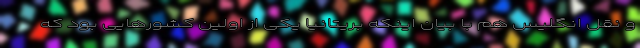
و نقل انگلیس هم با بیان اینکه بریتانیا یکی از اولین کشورهایی بود که